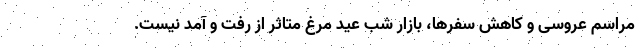
مراسم عروسی و کاهش سفرها، بازار شب عید مرغ متاثر از رفت و آمد نیست.